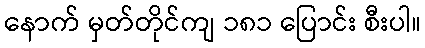
နောက် မှတ်တိုင်ကျ ၁၈၁ ပြောင်း စီးပါ။